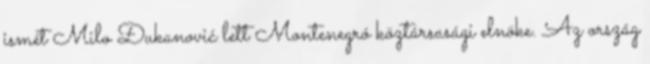
ismét Milo Đukanović lett Montenegró köztársasági elnöke. Az ország